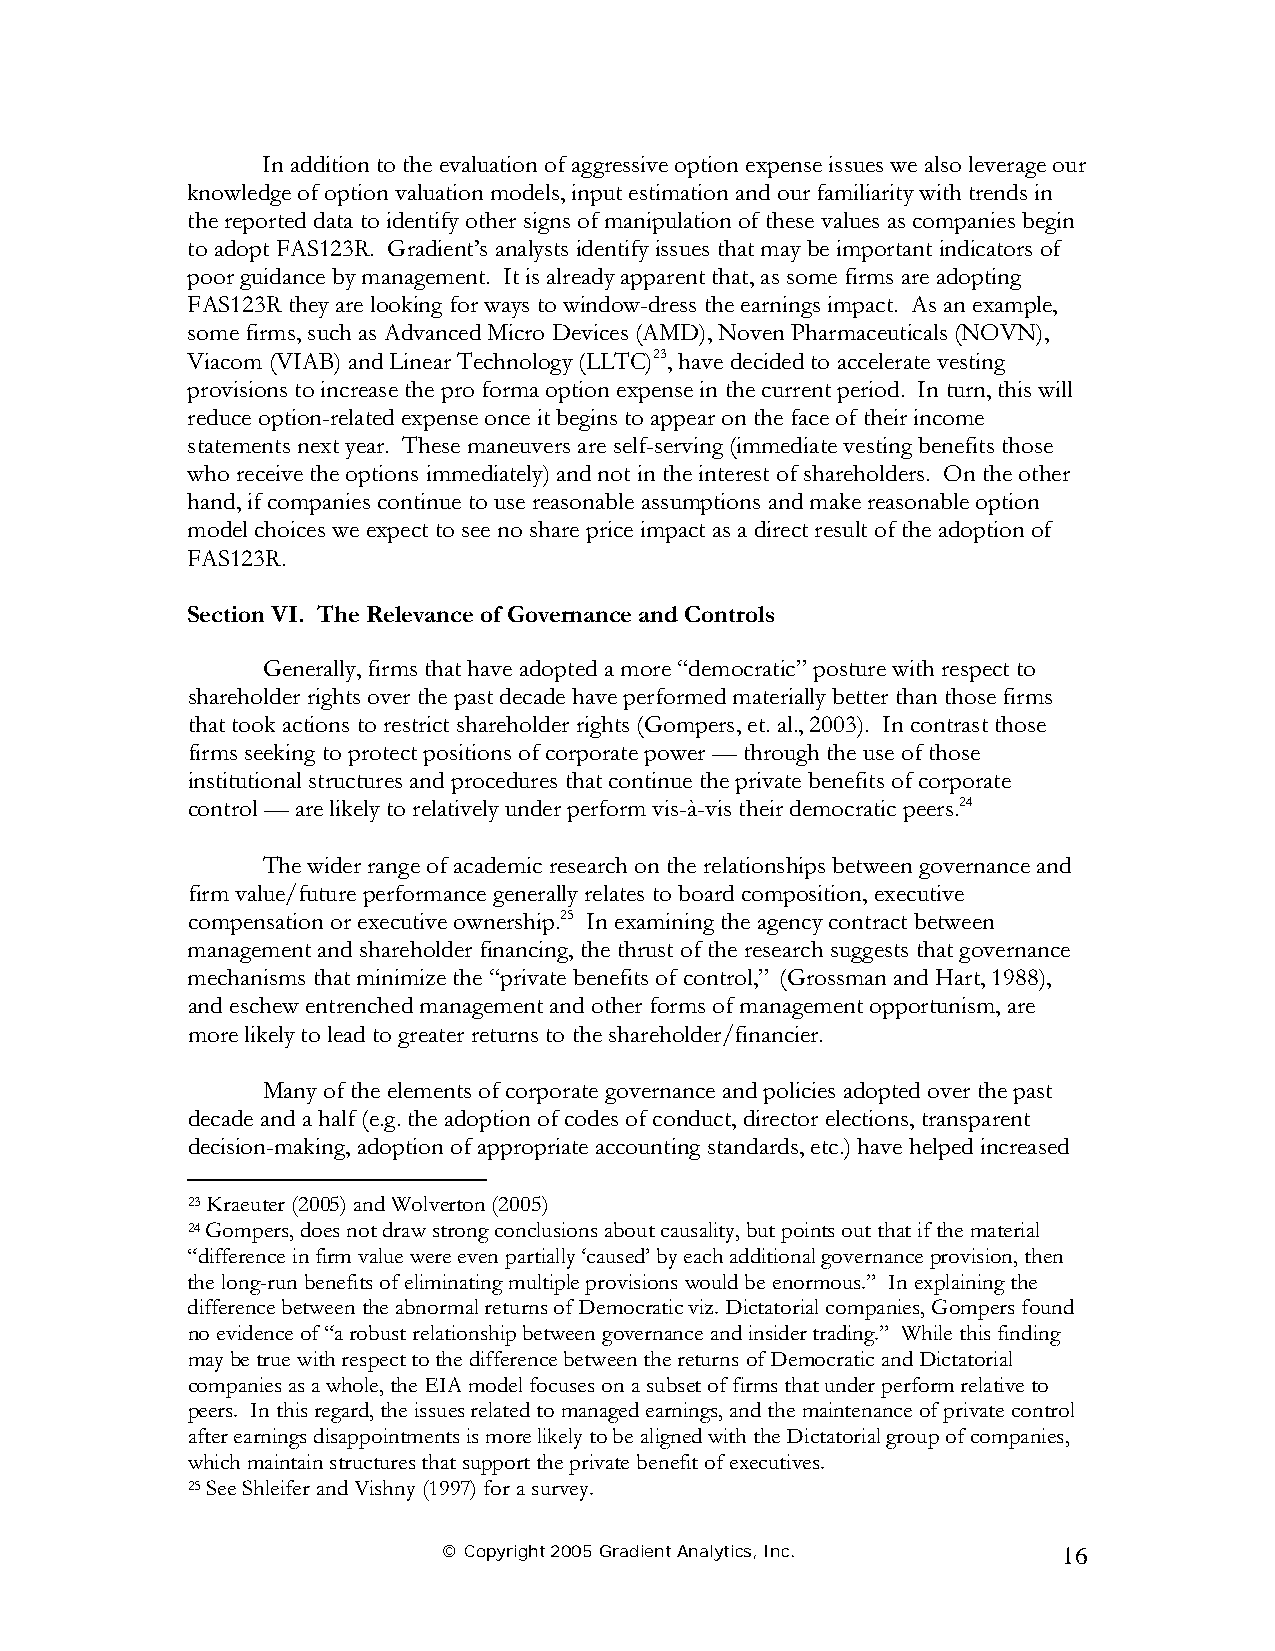
In addition to the evaluation of aggressive option expense issues we also leverage our
 knowledge of option valuation models, input estimation and our familiarity with trends in
 the reported data to identify other signs of manipulation of these values as companies begin
 to adopt FAS123R. Gradient’s analysts identify issues that may be important indicators of
 poor guidance by management. It is already apparent that, as some firms are adopting
 FAS123R they are looking for ways to window-dress the earnings impact. As an example,
 some firms, such as Advanced Micro Devices (AMD), Noven Pharmaceuticals (NOVN),
 Viacom (VIAB) and Linear Technology (LLTC)23, have decided to accelerate vesting
 provisions to increase the pro forma option expense in the current period. In turn, this will
 reduce option-related expense once it begins to appear on the face of their income
 statements next year. These maneuvers are self-serving (immediate vesting benefits those
 who receive the options immediately) and not in the interest of shareholders. On the other
 hand, if companies continue to use reasonable assumptions and make reasonable option
 model choices we expect to see no share price impact as a direct result of the adoption of
 FAS123R.
 Section VI. The Relevance of Governance and Controls
 Generally, firms that have adopted a more “democratic” posture with respect to
 shareholder rights over the past decade have performed materially better than those firms
 that took actions to restrict shareholder rights (Gompers, et. al., 2003). In contrast those
 firms seeking to protect positions of corporate power — through the use of those
 institutional structures and procedures that continue the private benefits of corporate
 control — are likely to relatively under perform vis-à-vis their democratic peers.24
 The wider range of academic research on the relationships between governance and
 firm value/future performance generally relates to board composition, executive
 compensation or executive ownership.25 In examining the agency contract between
 management and shareholder financing, the thrust of the research suggests that governance
 mechanisms that minimize the “private benefits of control,” (Grossman and Hart, 1988),
 and eschew entrenched management and other forms of management opportunism, are
 more likely to lead to greater returns to the shareholder/financier.
 Many of the elements of corporate governance and policies adopted over the past
 decade and a half (e.g. the adoption of codes of conduct, director elections, transparent
 decision-making, adoption of appropriate accounting standards, etc.) have helped increased
 23 Kraeuter (2005) and Wolverton (2005)
 24 Gompers, does not draw strong conclusions about causality, but points out that if the material
 “difference in firm value were even partially ‘caused’ by each additional governance provision, then
 the long-run benefits of eliminating multiple provisions would be enormous.” In explaining the
 difference between the abnormal returns of Democratic viz. Dictatorial companies, Gompers found
 no evidence of “a robust relationship between governance and insider trading.” While this finding
 may be true with respect to the difference between the returns of Democratic and Dictatorial
 companies as a whole, the EIA model focuses on a subset of firms that under perform relative to
 peers. In this regard, the issues related to managed earnings, and the maintenance of private control
 after earnings disappointments is more likely to be aligned with the Dictatorial group of companies,
 which maintain structures that support the private benefit of executives.
 25 See Shleifer and Vishny (1997) for a survey.
 © Copyright 2005 Gradient Analytics, Inc. 16